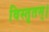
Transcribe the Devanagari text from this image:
विस्तृतम्।